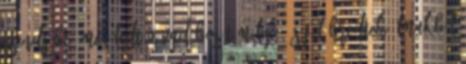
csendjébe, megéledt a vad bozót mélye, és felébredtek álmukból